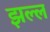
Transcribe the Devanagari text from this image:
झल्ल